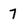
Character: 7